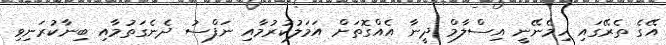
އޭގެ ތެރޭގައި ހިމެނޭނީ އިސްލާމް ދީނާ އެއްގޮތަށް އަމަލުކުރުމާއި ނަފްސު ދެނެގަތުމާއި ބިނާކުރަނިވި